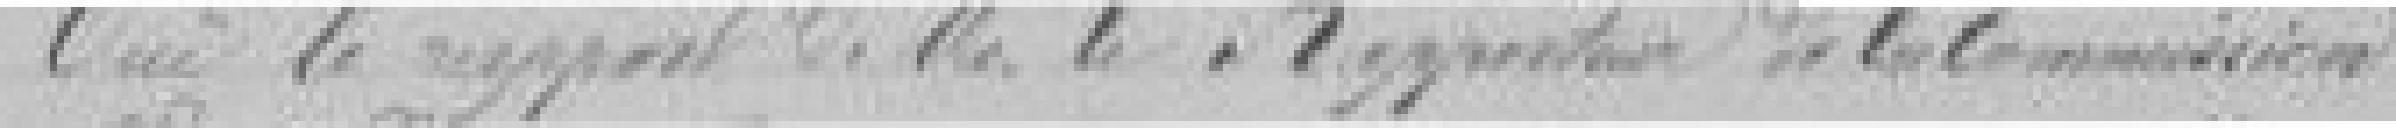
Ouï le rapport de Monsieur le Rapporteur de la Commission.